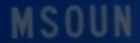
MSOUN